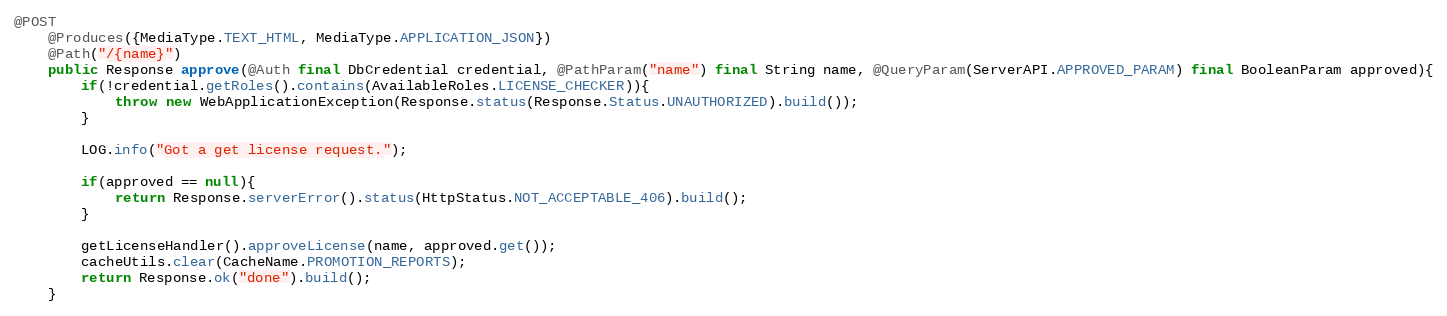
Language: Java
@POST
    @Produces({MediaType.TEXT_HTML, MediaType.APPLICATION_JSON})
    @Path("/{name}")
    public Response approve(@Auth final DbCredential credential, @PathParam("name") final String name, @QueryParam(ServerAPI.APPROVED_PARAM) final BooleanParam approved){
        if(!credential.getRoles().contains(AvailableRoles.LICENSE_CHECKER)){
            throw new WebApplicationException(Response.status(Response.Status.UNAUTHORIZED).build());
        }

        LOG.info("Got a get license request.");

        if(approved == null){
            return Response.serverError().status(HttpStatus.NOT_ACCEPTABLE_406).build();
        }

        getLicenseHandler().approveLicense(name, approved.get());
        cacheUtils.clear(CacheName.PROMOTION_REPORTS);
        return Response.ok("done").build();
    }